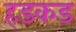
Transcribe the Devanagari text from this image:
हडकड